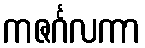
ကဇင်္ဂလကာ